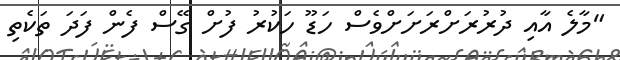
"މާލެ އާއި ދުރުރަށްރަށަށްވެސް ހަޑޫ ހަކުރު ފުށް ގޭސް ފެން ފަދަ ތަކެތި